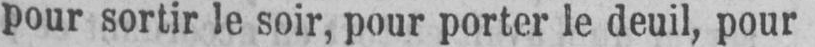
pour sortir le soir, pour porter le deuil, pour